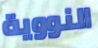
النووية